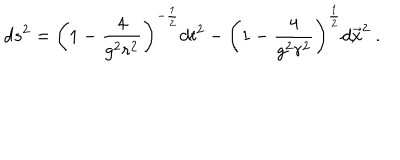
d s ^ { 2 } = \left( 1 - { \frac { 4 } { g ^ { 2 } r ^ { 2 } } } \right) ^ { - { \frac { 1 } { 2 } } } d t ^ { 2 } - \left( 1 - { \frac { 4 } { g ^ { 2 } r ^ { 2 } } } \right) ^ { \frac { 1 } { 2 } } d \vec { x } ^ { 2 } \ .